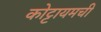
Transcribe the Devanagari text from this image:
कोट्टायमची